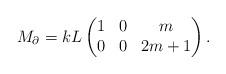
LaTeX: \begin{align*}M_{\partial}=kL\begin{pmatrix}1&0&m\\0&0&2m+1\end{pmatrix}.\end{align*}